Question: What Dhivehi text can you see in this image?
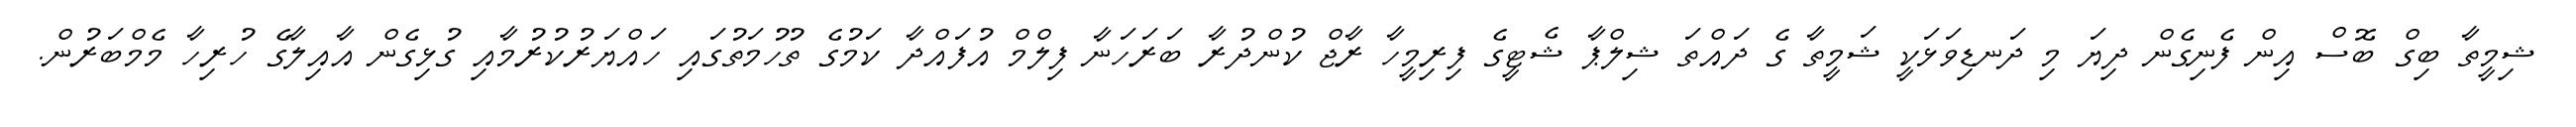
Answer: ޝިމީތާ ބިގް ބޮސް އިން ފެނިގެން ދިޔަ މި ދަނޑިވަޅަކީ ޝަމީތާ ގެ ދައްތަ ޝިލްޕާ ޝެޓީގެ ފިރިމީހާ ރާޖް ކުންދުރާ ބަރަހަނާ ފިލްމް އުފައްދާ ކަމުގެ ތުހުމަތުގައި ހައްޔަރުކުރުމާއި ގުޅިގެން އާއިލާގެ ހުރިހާ މެމްބަރުން.